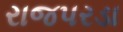
રાજપરડા